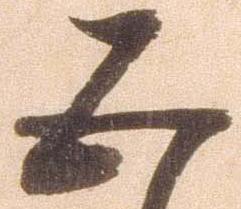
五